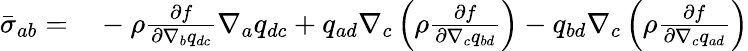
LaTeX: \begin{array}{rl}{\bar{\sigma}_{ab}=}&{{}-\rho\frac{\partial f}{\partial\nabla_{b}q_{dc}}\nabla_{a}q_{dc}+q_{ad}\nabla_{c}\left(\rho\frac{\partial f}{\partial\nabla_{c}{q}_{bd}}\right)-q_{bd}\nabla_{c}\left(\rho\frac{\partial f}{\partial\nabla_{c}{q}_{ad}}\right)}\end{array}